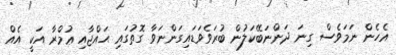
އެހެން ނަމަވެސް ގިނަ ދަންނަބޭކަލުން ބުރަވެވަޑައިގަންނަވާ ގޮތުގައި ޙައްޖާއި ޢުމްރާ އަކީ އެއް